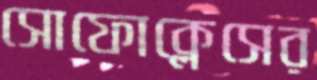
সোফোক্লেসের